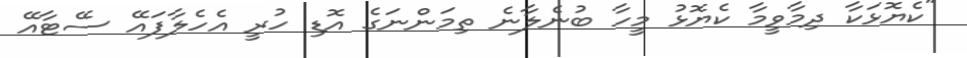
"ކެޔޮޅަކާ ދިމާވީމާ ކެޔޮޅު މީހާ ބުނެލާނެ ތިމަންނަގެ އޮޑި ހުރީ އެހެލާފައޭ ސޭޓާއޭ